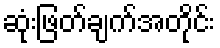
ဆုံးဖြတ်ချက်အတိုင်း